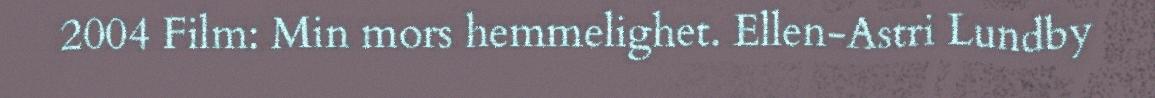
2004 Film: Min mors hemmelighet. Ellen-Astri Lundby